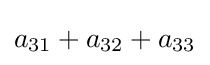
a_{31}+a_{32}+a_{33}